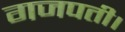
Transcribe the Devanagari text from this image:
गजपती।